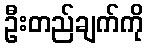
ဦးတည်ချက်ကို